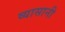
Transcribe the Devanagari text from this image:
व्यासानी